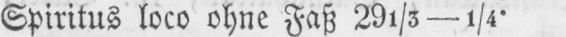
Spiritus loco ohne Faß 291/5-1/4